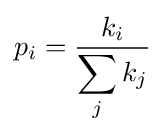
p_{i}={\frac {k_{i}}{\displaystyle \sum _{j}k_{j}}}